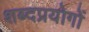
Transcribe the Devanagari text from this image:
शब्दप्रयोगों